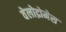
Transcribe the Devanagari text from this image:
वेलोद्रोमेस